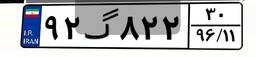
۹۲گ۸۲۲۳۰